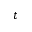
t